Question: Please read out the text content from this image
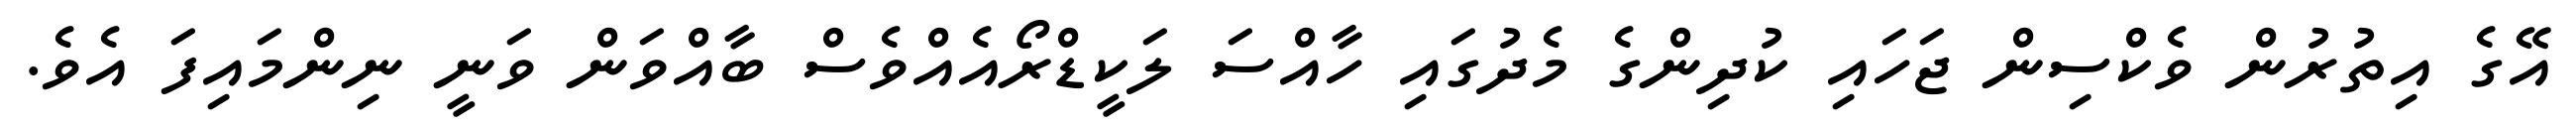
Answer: އޭގެ އިތުރުން ވެކްސިން ޖަހައި ކުދިންގެ މެދުގައި ހާއްސަ ލަކީޑްރޯއެއްވެސް ބާއްވަން ވަނީ ނިންމައިފަ އެވެ.